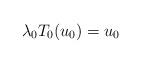
LaTeX: \begin{align*} \lambda_0 T_0(u_0)=u_0\end{align*}